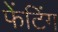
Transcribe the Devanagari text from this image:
फेंटिंग